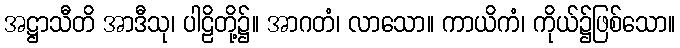
အဋ္ဌာသီတိ အာဒီသု၊ ပါဠိတို့၌။ အာဂတံ၊ လာသော။ ကာယိကံ၊ ကိုယ်၌ဖြစ်သော။